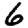
Digit: 6